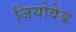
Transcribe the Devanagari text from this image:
जियोवेब